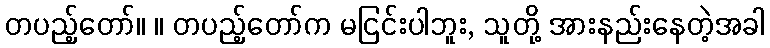
တပည့်တော်။ ။ တပည့်တော်က မငြင်းပါဘူး, သူတို့ အားနည်းနေတဲ့အခါ